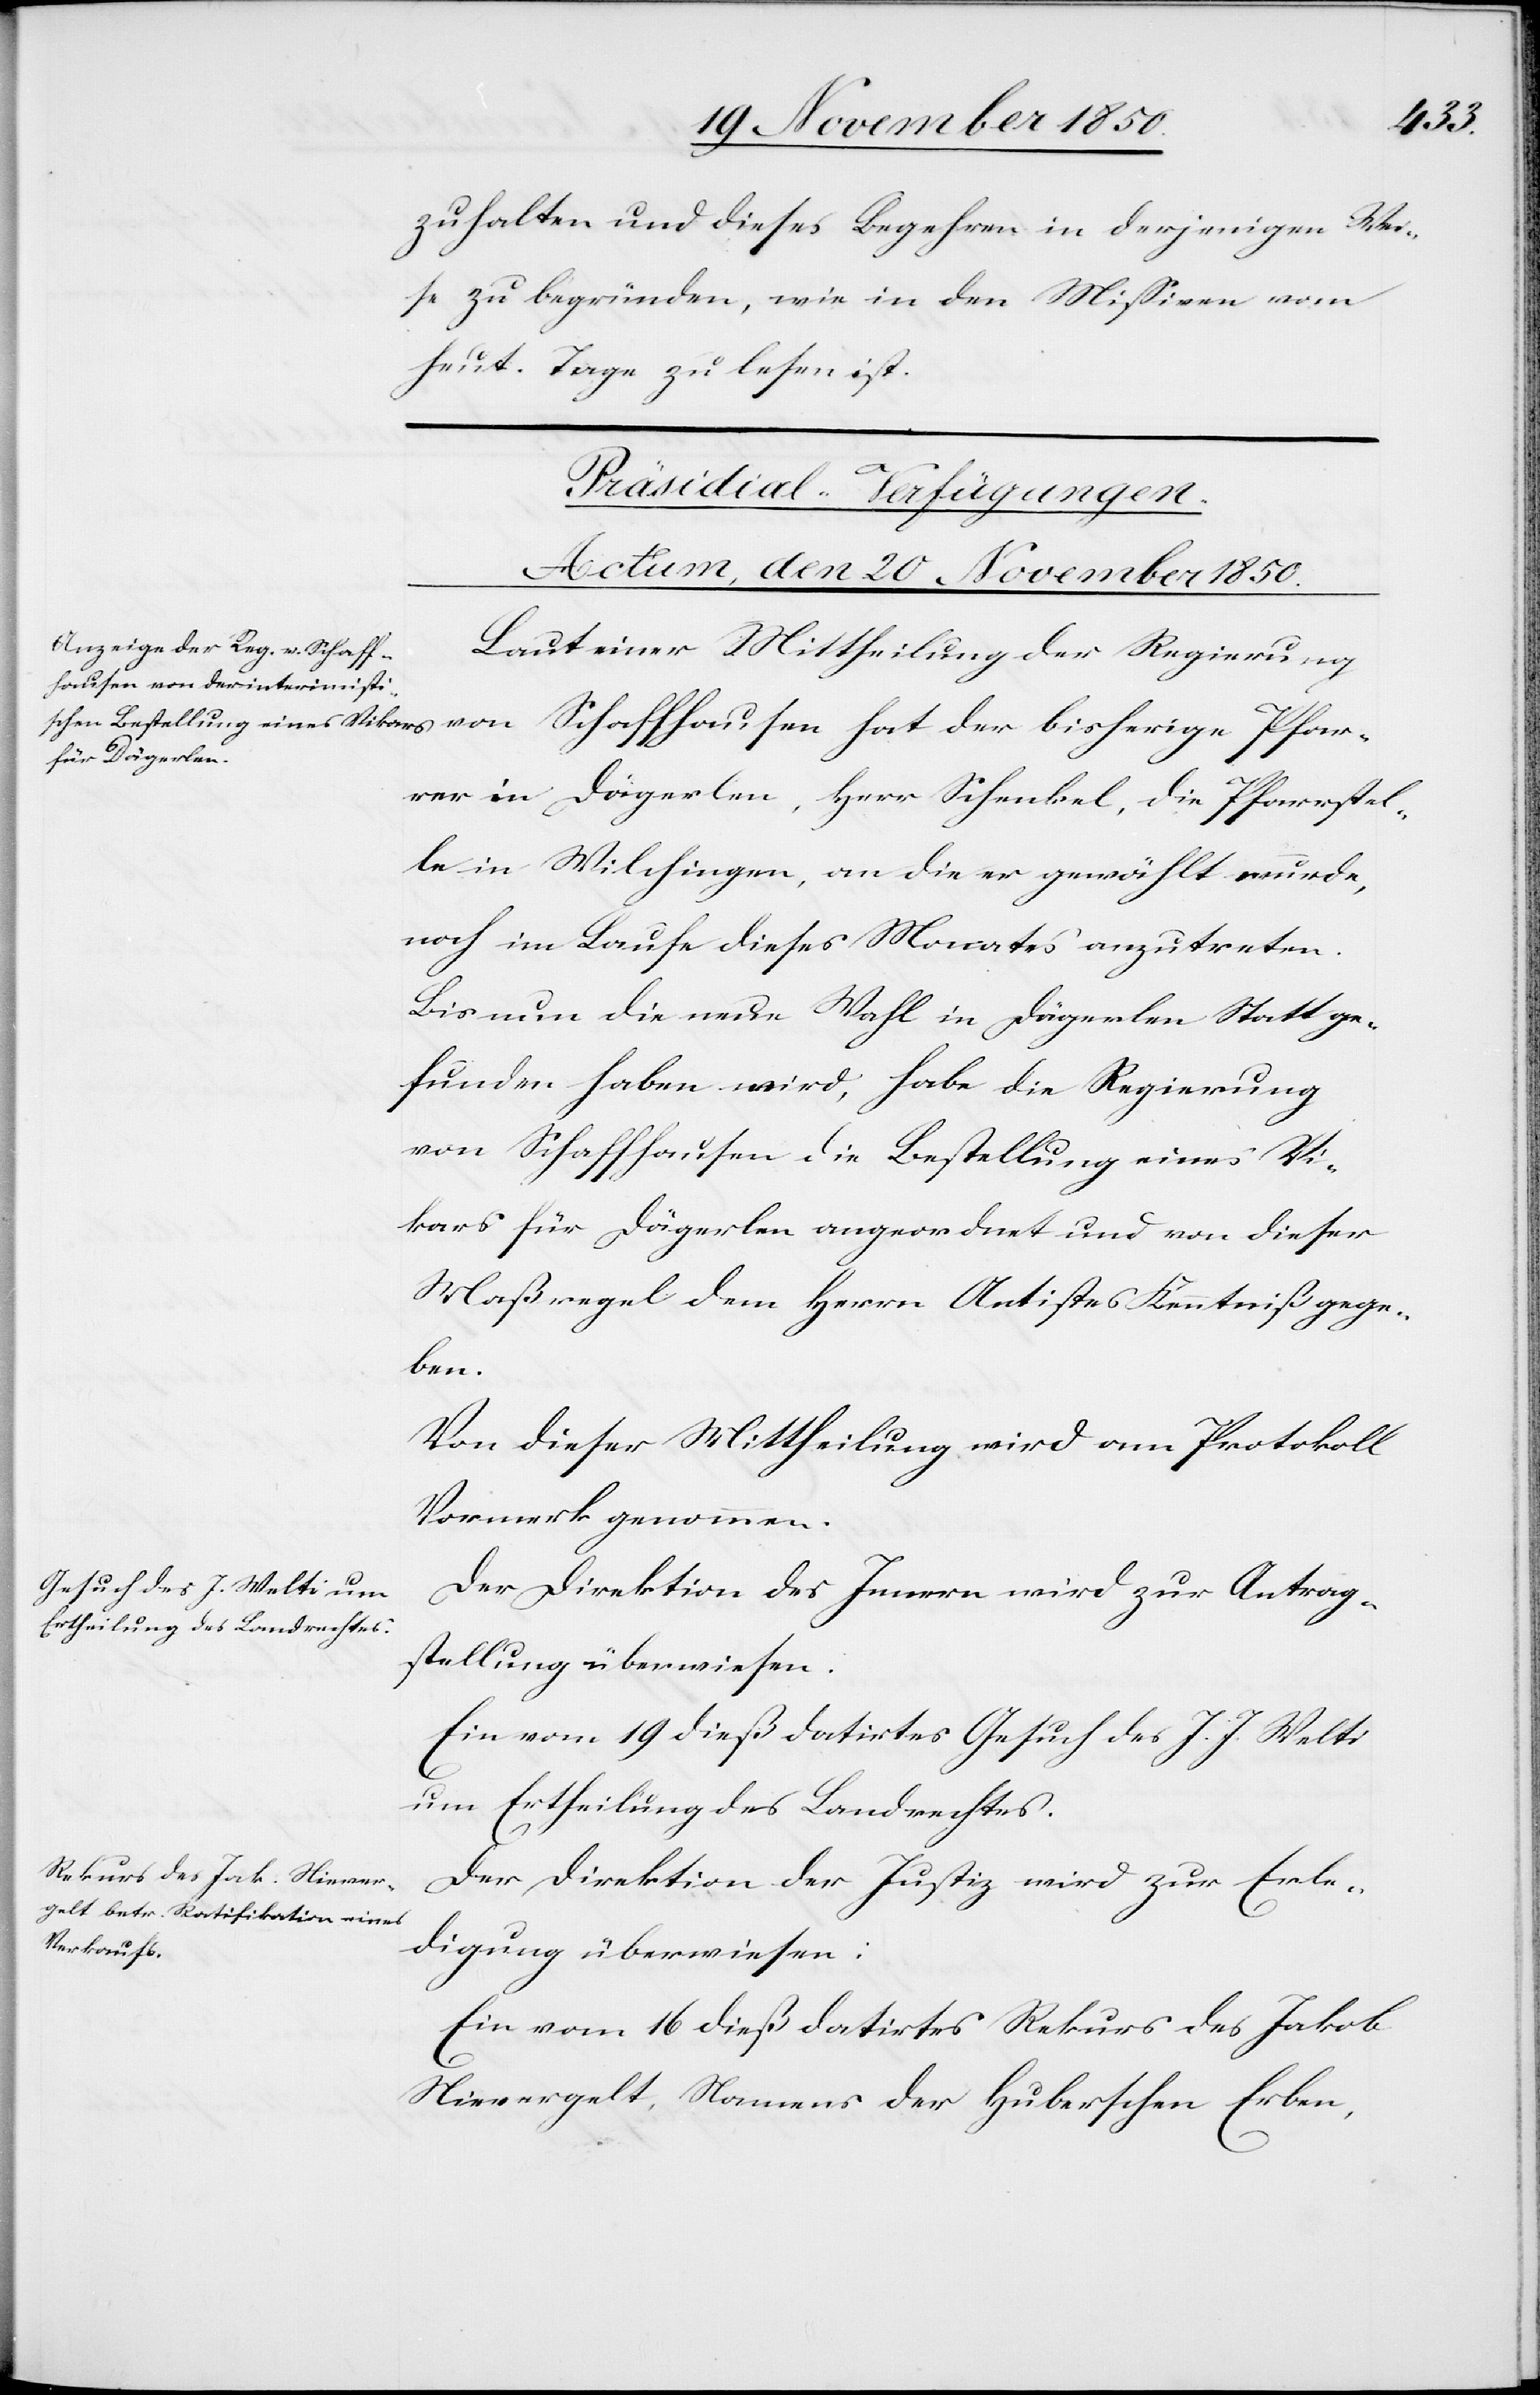
Pfar¬
zuhalten und dieses Begehren in derjenigen Wei¬
se zu begründen, wie in den Missiven vom
heut. Tage zu lesen ist.
[Präsidial-Verfügungen.
Actum, den 20 November 1850.]
Laut einer Mittheilung der Regierung
rer in Dägerlen, Herr Schenkel, die Pfarrstel¬
le in Wilchingen, an die er gewählt wurde,
noch im Laufe dieses Monates anzutreten.
Bis nun die neue Wahl in Dägerlen Statt ge¬
funden haben wird, habe die Regierung
von Schaffhausen die Bestellung eines Vi¬
kars für Dägerlen angeordnet und von dieser
Maßregel dem Herrn Antistes Kenntniß gege¬
ben.
Der Direktion des Innern wird zur Antrag¬
stellung überwiesen:
Ein vom 19 dieß datirtes Gesuch des J. J. Welti
um Ertheilung des Landrechtes.
Der Direktion der Justiz wird zur Erle¬
digung überwiesen:
Ein vom 16 dieß datirtes [sic!] Rekurs des Jakob.
Nievergelt, Namens der Huberschen Erben,